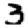
Digit: 3